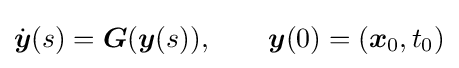
{\dot {\boldsymbol {y}}}(s)={\boldsymbol {G}}({\boldsymbol {y}}(s)),\qquad {\boldsymbol {y}}(0)=({\boldsymbol {x}}_{0},t_{0})